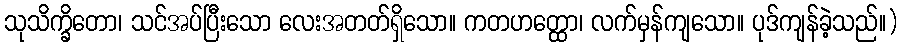
သုသိက္ခိတော၊ သင်အပ်ပြီးသော လေးအတတ်ရှိသော။ ကတဟတ္ထော၊ လက်မှန်ကျသော။ ပုဒ်ကျန်ခဲ့သည်။)